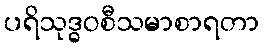
ပရိသုဒ္ဓဝစီသမာစာရတာ